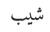
شيب